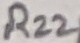
Text: R22